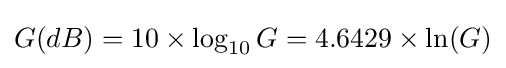
G(dB)=10\times \log _{10}G=4.6429\times \ln(G)